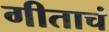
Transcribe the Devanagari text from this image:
गीताचं